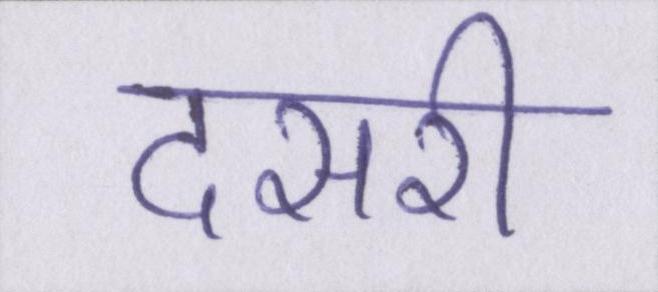
दसरी